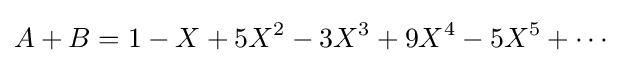
A+B=1-X+5X^{2}-3X^{3}+9X^{4}-5X^{5}+\cdots